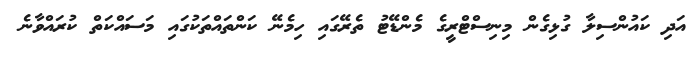
އަދި ކައުންސިލާ ގުޅިގެން މިނިސްޓްރީގެ މެންޑޭޓު ތެރޭގައި ހިމެނޭ ކަންތައްތަކުގައި މަސައްކަތް ކުރައްވާނެ